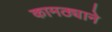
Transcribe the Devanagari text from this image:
कामठ्याने